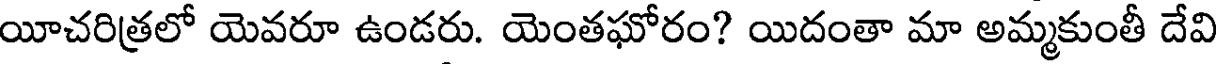
యీచరిత్రలో యెవరూ ఉండరు. యెంతఘోరం? యిదంతా మా అమ్మకుంతీ దేవి